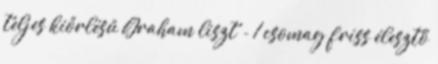
teljes kiőrlésű Graham liszt - 1 csomag friss élesztő